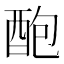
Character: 𨠖